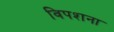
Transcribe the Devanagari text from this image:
विपशना